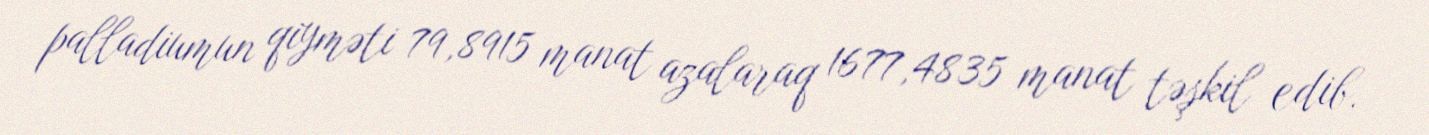
palladiumun qiyməti 79,8915 manat azalaraq 1677,4835 manat təşkil edib.